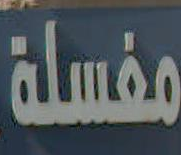
مغسلة